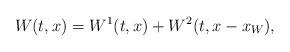
LaTeX: \begin{align*} W(t,x) = W^1(t,x) + W^2(t,x-x_W),\end{align*}